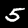
Label: 5